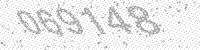
Solution: 069148